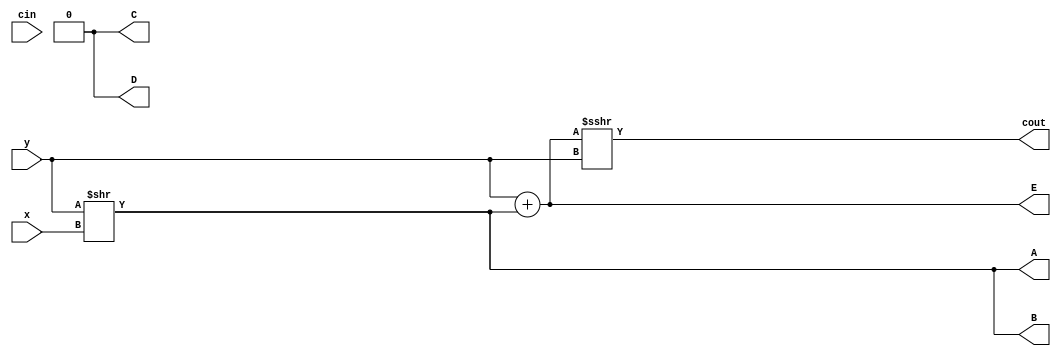
module top
(
 input signed x,
 input signed y,
 input signed cin,

 output signed A,
 output signed cout,
 output signed B,C,
 output signed D,E
 );


assign A =  y >> x;
assign cout =  y + A >>> y;
assign D =  y >> 2;
assign E =  y + A >>> 2;
assign {B,C} =  {cout,A} << 1;

endmodule